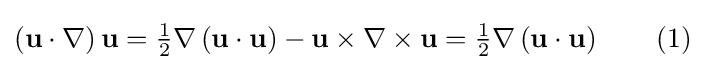
\left(\mathbf {u} \cdot \mathbf {\nabla } \right)\mathbf {u} ={\tfrac {1}{2}}\mathbf {\nabla } \left(\mathbf {u} \cdot \mathbf {u} \right)-\mathbf {u} \times \mathbf {\nabla } \times \mathbf {u} ={\tfrac {1}{2}}\mathbf {\nabla } \left(\mathbf {u} \cdot \mathbf {u} \right)\qquad (1)